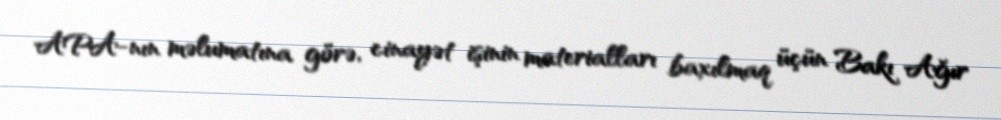
APA-nın məlumatına görə, cinayət işinin materialları baxılmaq üçün Bakı Ağır